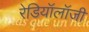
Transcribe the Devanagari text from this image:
रेडियॉलॉजी